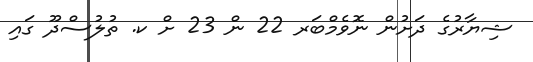
ޝިޔާރުގެ ދަށުން ނޮވެމްބަރ 22 ން 23 ށް ކ. ތުލުސްދޫ ގައި